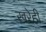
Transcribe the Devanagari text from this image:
खरेही